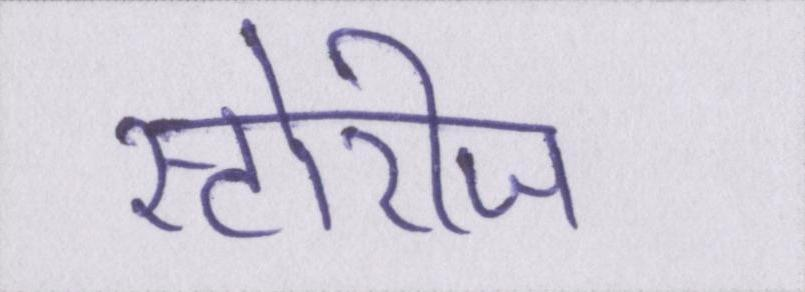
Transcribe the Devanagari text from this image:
स्टोरीज